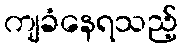
ကျခံနေရသည့်